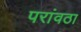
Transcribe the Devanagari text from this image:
परांवठा